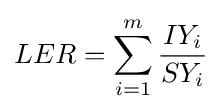
LER=\sum _{i=1}^{m}{\frac {IY_{i}}{SY_{i}}}